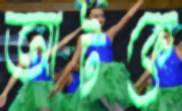
আটকে